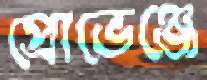
প্রোভেঞ্জে